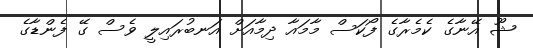
ޝޫ އޭނާގެ ކެމެރާގެ ފޯކަސް މާމައާ ދިމާއަށް އަނބުރައިލީ ވެސް ގޭ ފެންޑާގެ